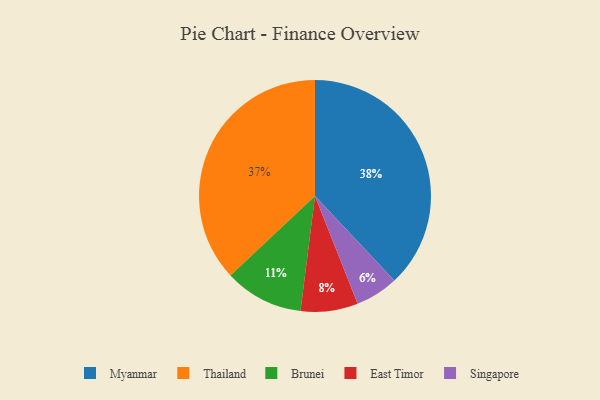
{"axis": {"x": "Category", "y": "Percentage"}, "legend": ["Brunei", "East Timor", "Myanmar", "Singapore", "Thailand"], "data": [{"x": "East Timor", "y": 8, "type": "East Timor"}, {"x": "Thailand", "y": 37, "type": "Thailand"}, {"x": "Singapore", "y": 6, "type": "Singapore"}, {"x": "Brunei", "y": 11, "type": "Brunei"}, {"x": "Myanmar", "y": 38, "type": "Myanmar"}]}